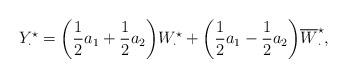
LaTeX: \begin{align*}Y^\star_\cdot = \bigg( \frac12 a_1 + \frac12 a_2 \bigg) W^\star_\cdot + \bigg( \frac12 a_1 - \frac12 a_2 \bigg) \overline W^\star_\cdot,\end{align*}